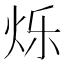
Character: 烁